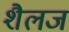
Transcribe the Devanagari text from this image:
शैलज